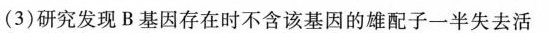
(3)研究发现B基因存在时不含该基因的雄配子一半失去活